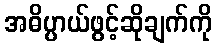
အဓိပ္ပာယ်ဖွင့်ဆိုချက်ကို